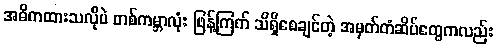
အဓိကထားသလိုပဲ တစ်ကမ္ဘာလုံး ဖြန့်ကြက် သိရှိစေချင်တဲ့ အမှတ်တံဆိပ်တွေကလည်း